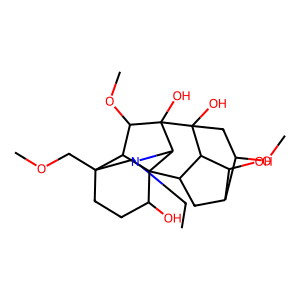
SMILES: CCN1CC2(COC)CCC(O)C34C5CC6C(OC)CC(O)(C5C6O)C(O)(C(OC)C23)C14
Inhibits HIV replication: No